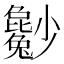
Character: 𡮿